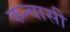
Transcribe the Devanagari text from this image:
कन्वासी